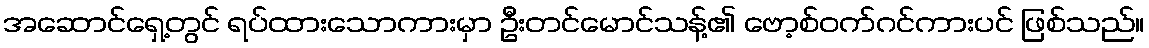
အဆောင်ရှေ့တွင် ရပ်ထားသောကားမှာ ဦးတင်မောင်သန့်၏ ဗော့စ်ဝက်ဂင်ကားပင် ဖြစ်သည်။